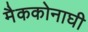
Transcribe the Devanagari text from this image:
मैककोनाघी